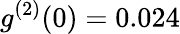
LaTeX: g^{(2)}(0)=0.024